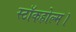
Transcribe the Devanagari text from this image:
स्टॉकहोल्म।